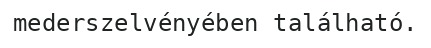
mederszelvényében található.